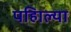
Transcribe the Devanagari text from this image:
पहिाल्या